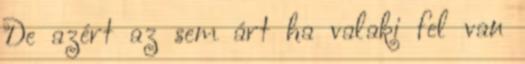
De azért az sem árt ha valaki fel van